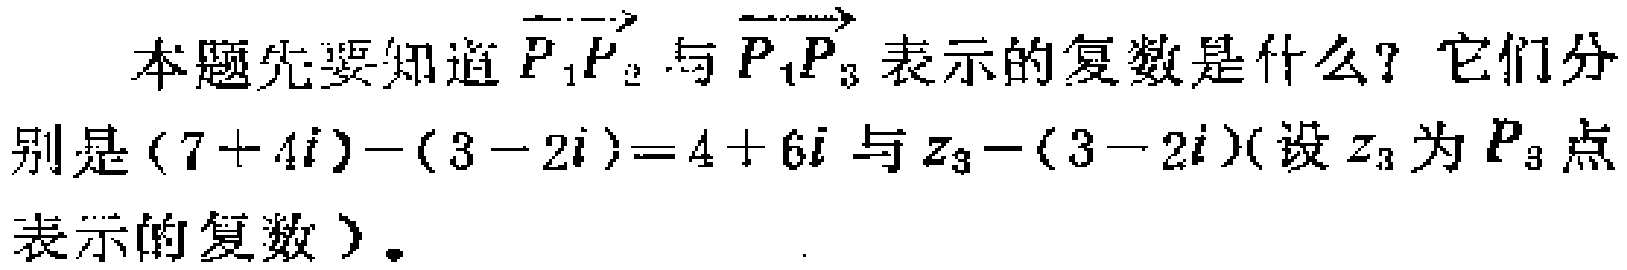
本题先要知道$\overrightarrow{P_{1}P_{2}}$与$\overrightarrow{P_{1}P_{3}}$表示的复数是什么？它们分别是$(7 + 4i)-(3 - 2i)=4 + 6i$与$z_{3}-(3 - 2i)$(设$z_{3}$为$P_{3}$点表示的复数）。